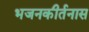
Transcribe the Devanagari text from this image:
भजनकीर्तनास